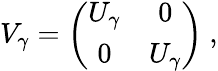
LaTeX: V_{\gamma}=\left(\begin{array}{cc}{{U_{\gamma}}}&{{0}}\\ {{0}}&{{U_{\gamma}}}\end{array}\right)~,